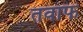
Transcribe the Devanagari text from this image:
तवाफ